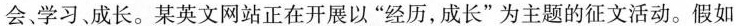
会学习、成长。某英文网站正在开展以”经历，成长”为主题的征文活动。假如